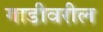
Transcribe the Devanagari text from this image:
गाडीवरील